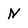
Character: n